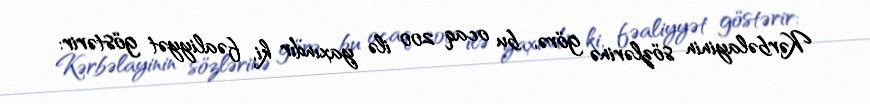
Kərbəlayinin sözlərinə görə, bu ocaq 200 ilə yaxındır ki, fəaliyyət göstərir: